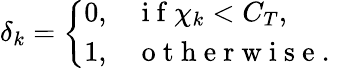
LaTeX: \delta_{k}=\left\{ \begin{array}{ll}{0,}&{\mathrm{~i~f~}\chi_{k}<C_{T},}\\ {1,}&{\mathrm{~o~t~h~e~r~w~i~s~e~.~}}\end{array}\right.